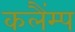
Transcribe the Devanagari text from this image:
कलैंम्प